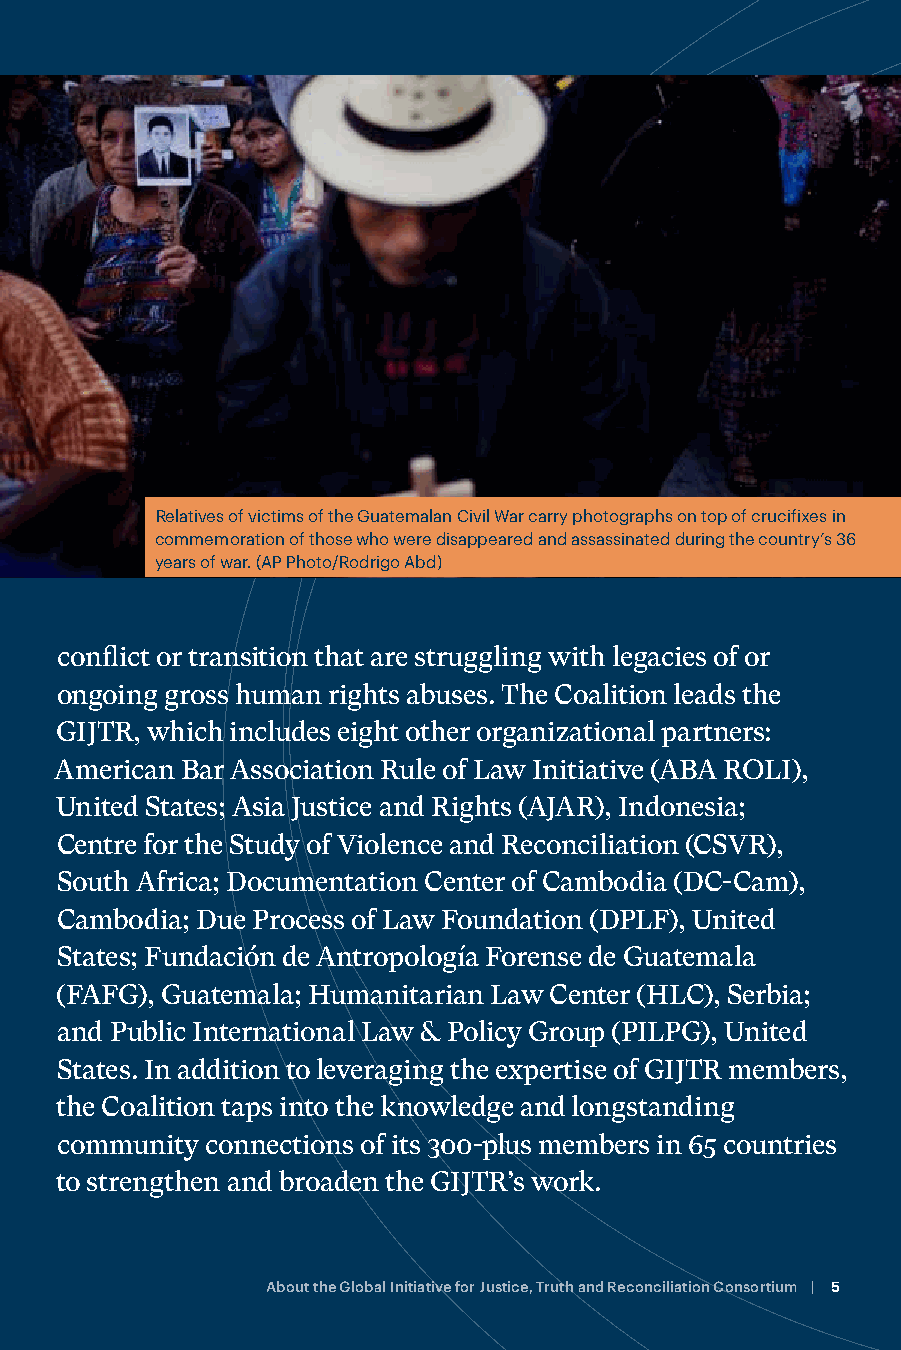
ABOUT THE GLOBAL
 INITIATIVE FOR
 Relatives of victims of the Guatemalan Civil War carry photographs on top of crucifixes in
 commemoration of those who were disappeared and assassinated during the country’s 36
 years of war. (AP Photo/Rodrigo Abd)
 JUSTICE, TRUTH AND
 conflict or transition that are struggling with legacies of or
 RECONCILIATION
 ongoing gross human rights abuses. The Coalition leads the
 GIJTR, which includes eight other organizational partners:
 (GIJTR)
 American Bar Association Rule of Law Initiative (ABA ROLI),
 United States; Asia Justice and Rights (AJAR), Indonesia;
 Centre for the Study of Violence and Reconciliation (CSVR),
 In countries around the world, there is an increasing call for South Africa; Documentation Center of Cambodia (DC-Cam),
 justice, truth, and reconciliation to confront legacies of gross Cambodia; Due Process of Law Foundation (DPLF), United
 human rights violations that cast a shadow on transitions from States; Fundación de Antropología Forense de Guatemala
 repressive regimes to participatory and democratic forms of (FAFG), Guatemala; Humanitarian Law Center (HLC), Serbia;
 governance. and Public International Law & Policy Group (PILPG), United
 States. In addition to leveraging the expertise of GIJTR members,
 the Coalition taps into the knowledge and longstanding
 To meet this need, the International Coalition of Sites of
 community connections of its 300-plus members in 65 countries
 Conscience (ICSC or the Coalition) launched the Global
 to strengthen and broaden the GIJTR’s work.
 Initiative for Justice, Truth and Reconciliation (GIJTR) in August
 2014. GIJTR seeks to address new challenges in countries in
 4 | Transitional Justice and Indigenous Peoples in Latin America About the Global Initiative for Justice, Truth and Reconciliation Consortium | 5